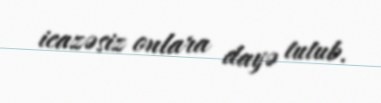
icazəsiz onlara dayə tutub.